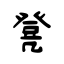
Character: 凳